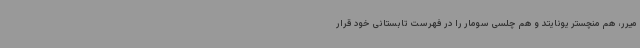
میرر، هم منچستر یونایتد و هم چلسی سومار را در فهرست تابستانی خود قرار